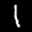
Label: 1